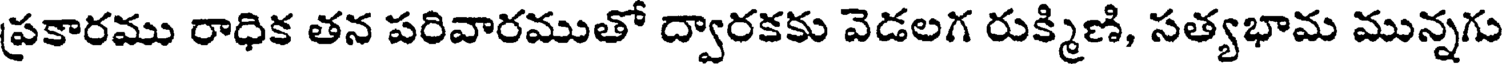
ప్రకారము రాధిక తన పరివారముతో ద్వారకకు వెడలగ రుక్మిణి, సత్యభామ మున్నగు